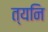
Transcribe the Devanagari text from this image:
त्यनि